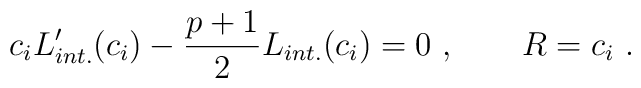
c_i L_{int.}^\prime (c_i)-{p+1\over 2}L_{int.}(c_i)=0\ ,\qquad R=c_i\ .